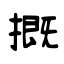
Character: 摡